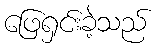
ဖြေရှင်းခဲ့သည်